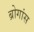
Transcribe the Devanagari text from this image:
ब्रोगांस